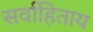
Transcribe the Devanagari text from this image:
सर्वाहिताय